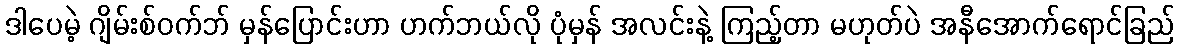
ဒါပေမဲ့ ဂျိမ်းစ်ဝက်ဘ် မှန်ပြောင်းဟာ ဟက်ဘယ်လို ပုံမှန် အလင်းနဲ့ ကြည့်တာ မဟုတ်ပဲ အနီအောက်ရောင်ခြည်